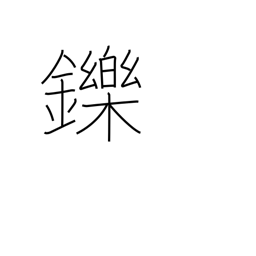
Meaning: be charmed